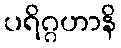
ပရိဂ္ဂဟာနိ